Vaccination report Assam 1874-1896 - 1874-1896
Year: 1874
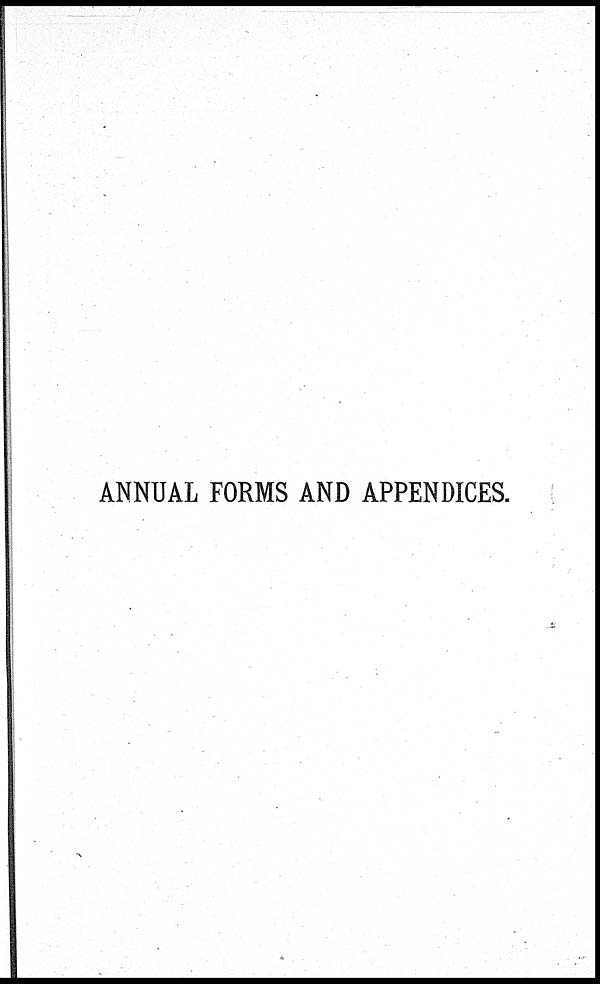
ANNUAL FORMS AND APPENDICES.